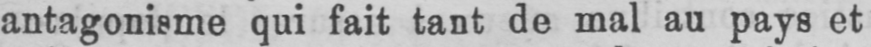
antagonisme qui fait tant de mal au pays et